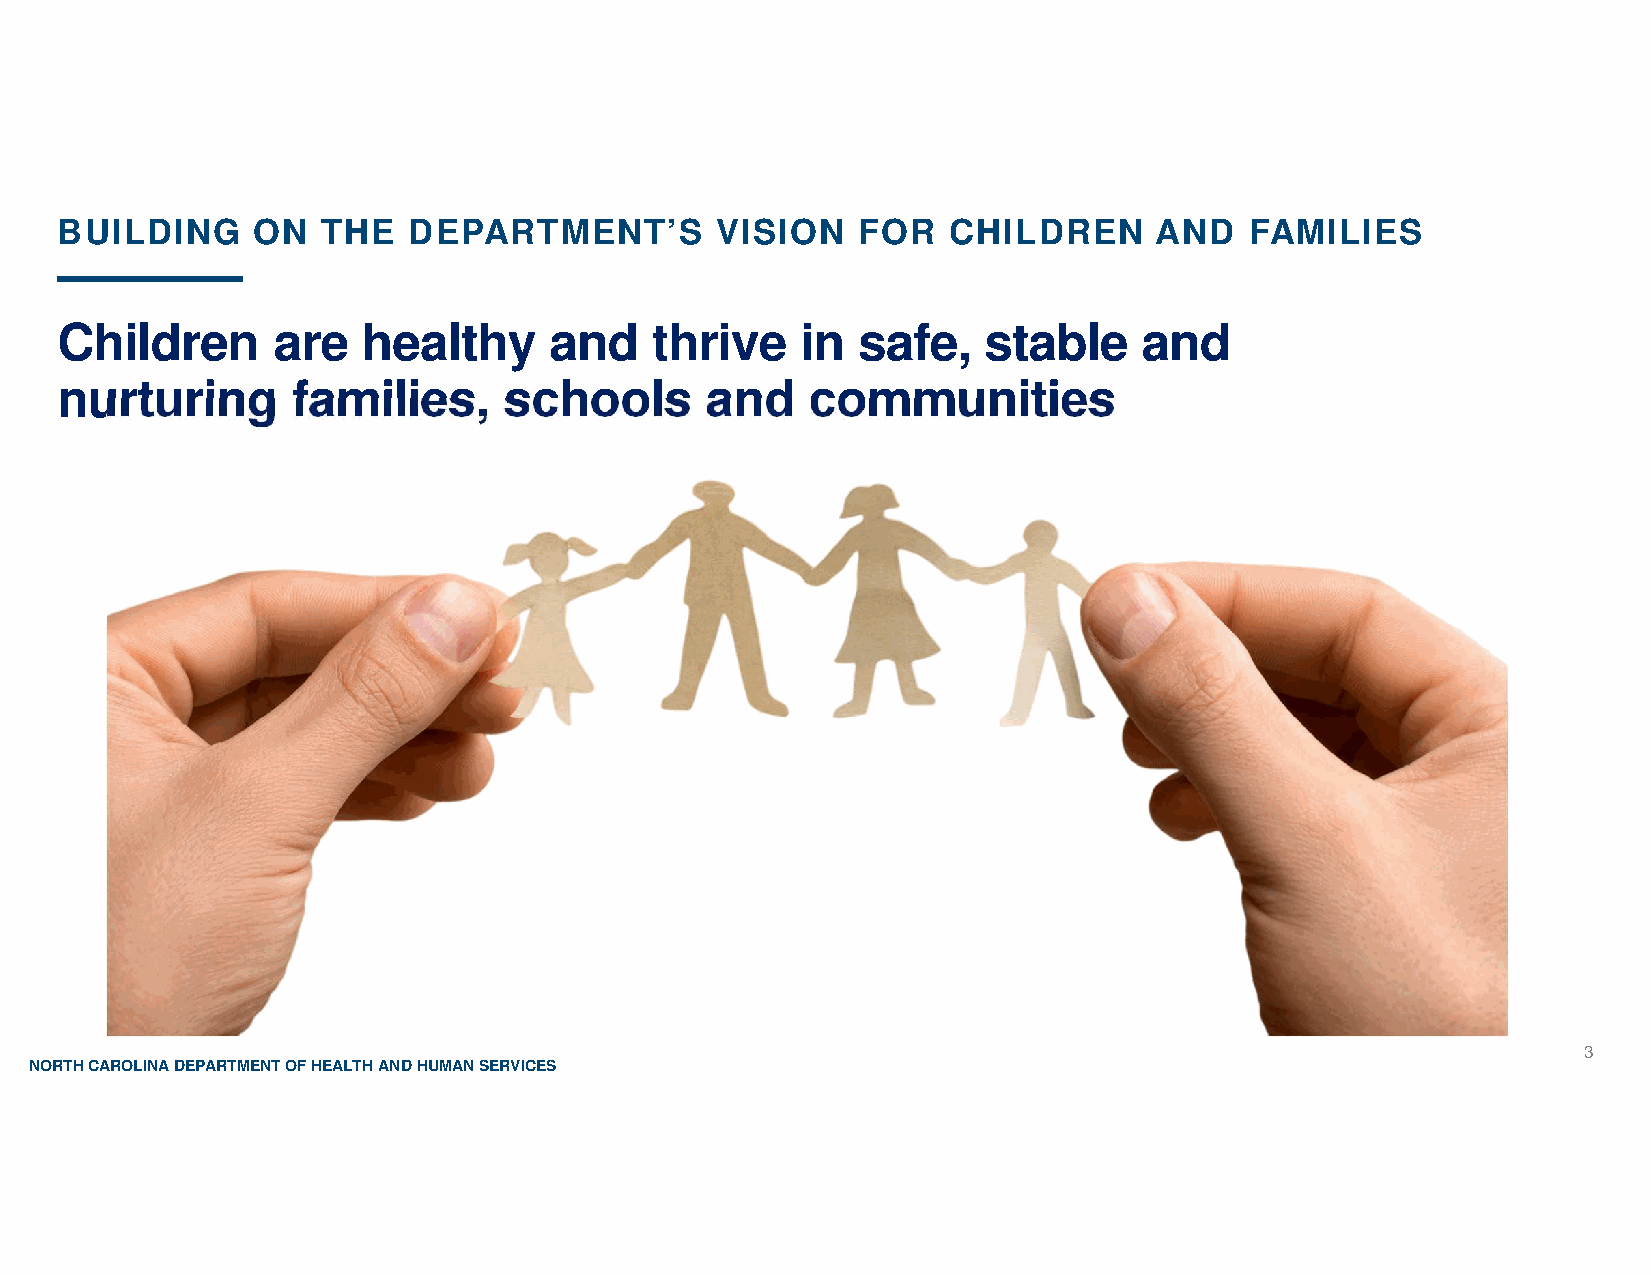
BUILDING     ON  THE   DEPARTMENT’S        VISION    FOR   CHILDREN     AND    FAMILIES
 Children      are   healthy     and    thrive    in  safe,   stable     and
 nurturing      families,     schools       and   communities
 3
 NORTH CAROLINA DEPARTMENT OF HEALTH AND HUMAN SERVICES